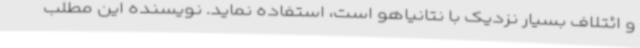
و ائتلاف بسیار نزدیک با نتانیاهو است، استفاده نماید. نویسنده این مطلب